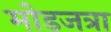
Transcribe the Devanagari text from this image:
मोडजत्रा